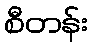
စီတန်း